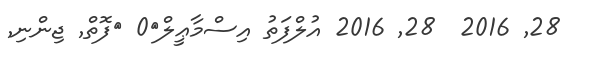
28